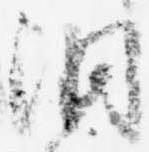
洞